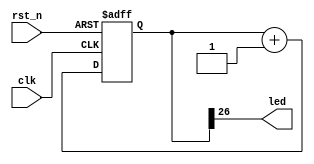
// A simple led-blinking example to
// test FPGA flow
module blinky (/*AUTOARG*/
   // Outputs
   led,
   // Inputs
   clk, rst_n
   );

   input clk;
   input rst_n;

   output wire led;

   parameter COUNTER_BITS=32;   
   parameter LED_TAP = 26;
   
   /*AUTOINPUT*/
   /*AUTOOUTPUT*/

   /*AUTOREG*/
   /*AUTOWIRE*/

   reg [COUNTER_BITS-1:0] counter;


   always @(posedge clk or negedge rst_n) begin
      if(rst_n == 1'b0) begin
	 /*AUTORESET*/
	 // Beginning of autoreset for uninitialized flops
	 counter <= {COUNTER_BITS{1'b0}};
	 // End of automatics
      end
      else begin
	 counter <= counter + 1;	 
      end
   end

   
   assign led = counter[LED_TAP];   
   
endmodule // blinky
/*
 Local Variables:
 verilog-library-directories:(
 "."
 )
 End:
 */